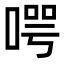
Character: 㗁